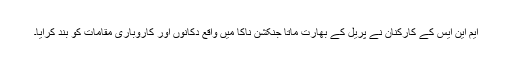
ایم این ایس کے کارکنان نے پریل کے بھارت ماتا جنکشن ناکا میں واقع دکانوں اور کاروباری مقامات کو بند کرایا۔